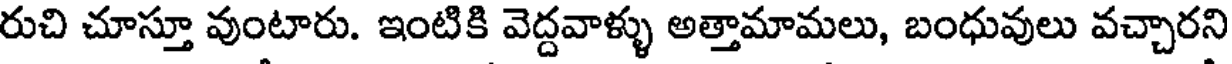
రుచి చూస్తూ వుంటారు. ఇంటికి వెద్దవాళ్ళు అత్తామామలు, బంధువులు వచ్చారని